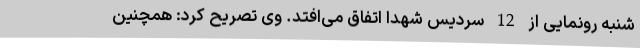
شنبه رونمایی از 12 سردیس شهدا اتفاق می‌افتد. وی تصریح کرد: همچنین